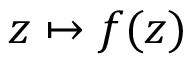
z \mapsto f ( z )